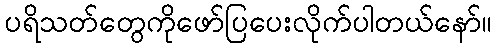
ပရိသတ်တွေကိုဖော်ပြပေးလိုက်ပါတယ်နော်။